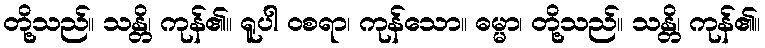
တို့သည်။ သန္တိ၊ ကုန်၏။ ရူပါ ဝစရာ၊ ကုန်သော။ ဓမ္မာ၊ တို့သည်။ သန္တိ၊ ကုန်၏။